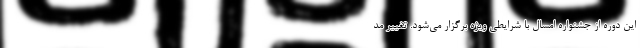
‌این دوره از جشنواره امسال با شرایطی ویژه برگزار می‌شود. تغییر مد